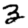
Digit: 3